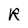
Character: R